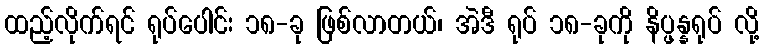
ထည့်လိုက်ရင် ရုပ်ပေါင်း ၁၈-ခု ဖြစ်လာတယ်၊ အဲဒီ ရုပ် ၁၈-ခုကို နိပ္ဖန္နရုပ် လို့